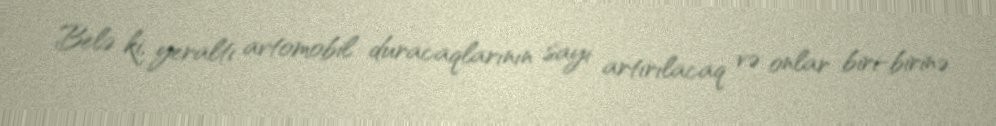
Belə ki, yeraltı avtomobil duracaqlarının sayı artırılacaq və onlar biri-birinə